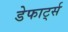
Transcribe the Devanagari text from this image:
डेफार्ट्स